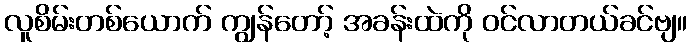
လူစိမ်းတစ်ယောက် ကျွန်တော့် အခန်းထဲကို ဝင်လာတယ်ခင်ဗျ။